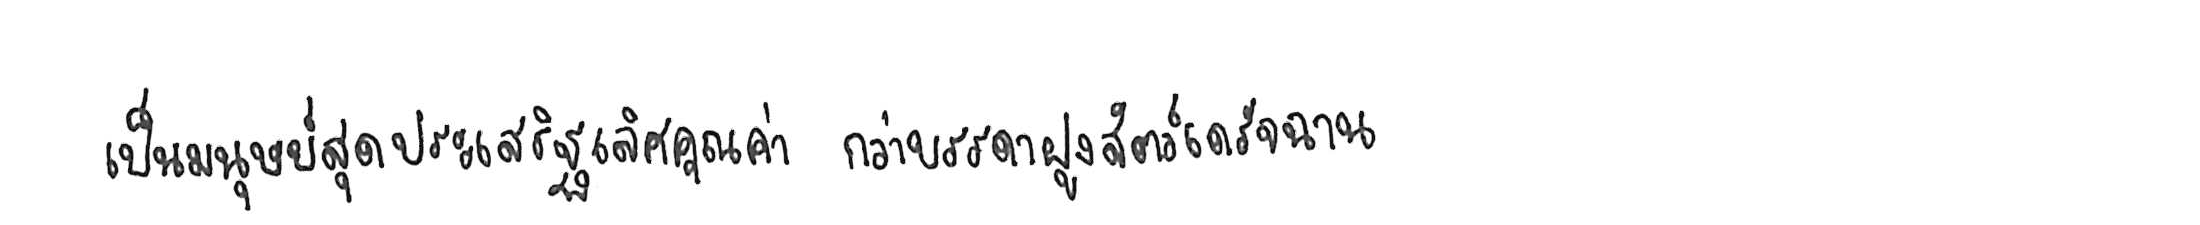
เป็นมนุษย์สุดประเสริฐเลิศคุณค่า กว่าบรรดาฝูงสัตว์เดรัจฉาน